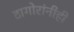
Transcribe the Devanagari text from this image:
टागोरांनीही